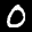
Label: 0